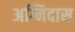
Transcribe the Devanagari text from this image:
अग्निदास